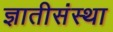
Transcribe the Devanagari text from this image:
ज्ञातीसंस्था